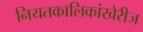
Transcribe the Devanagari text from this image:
नियतकालिकांखेरीज